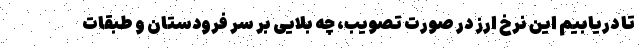
تا دریابیم این نرخ ارز در صورت تصویب، چه بلایی بر سر فرودستان و طبقات